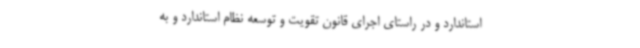
استاندارد و در راستای اجرای قانون تقویت و توسعه نظام استاندارد و به